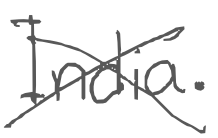
Text: India.
Cross-out: cross
Writing tool: digital_gray